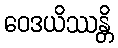
ဝေဒယိဿန္တိ